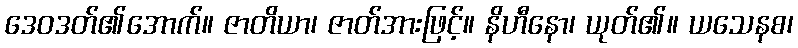
ဒေဝဒတ်၏အောက်။ ဇာတိယာ၊ ဇာတ်အားဖြင့်။ နိဟီနော၊ ယုတ်၏။ ယသေနစ၊